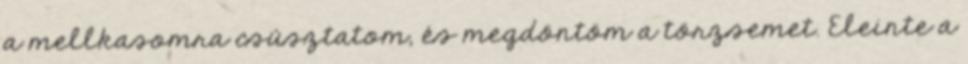
a mellkasomra csúsztatom, és megdöntöm a törzsemet. Eleinte a